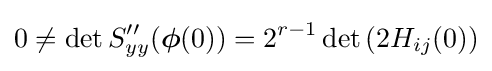
0\neq \det S''_{yy}({\boldsymbol {\phi }}(0))=2^{r-1}\det \left(2H_{ij}(0)\right)